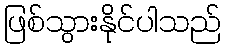
ဖြစ်သွားနိုင်ပါသည်